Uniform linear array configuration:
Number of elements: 4
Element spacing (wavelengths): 0.75
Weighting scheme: hann
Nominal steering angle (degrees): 45
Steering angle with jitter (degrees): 43.996
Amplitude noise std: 0.05
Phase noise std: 0.05

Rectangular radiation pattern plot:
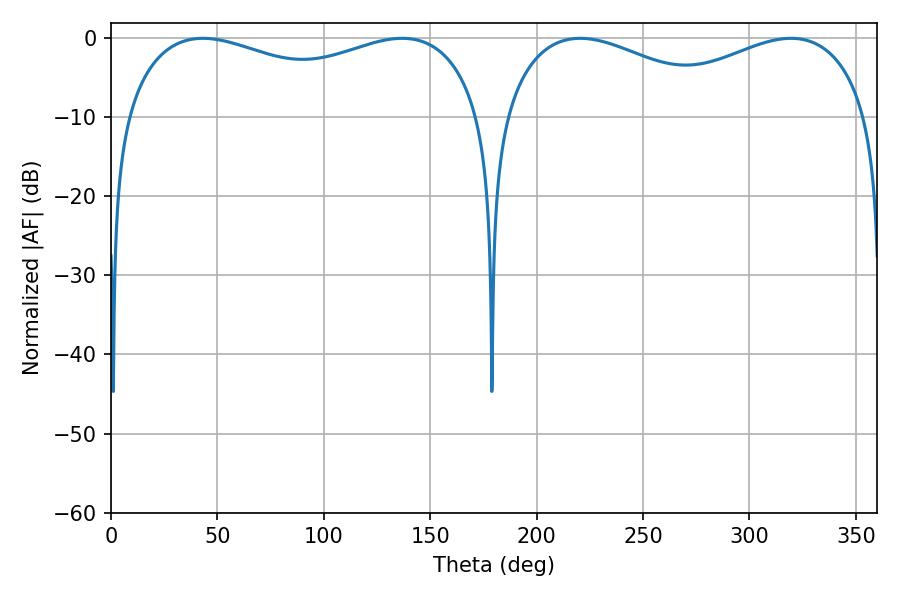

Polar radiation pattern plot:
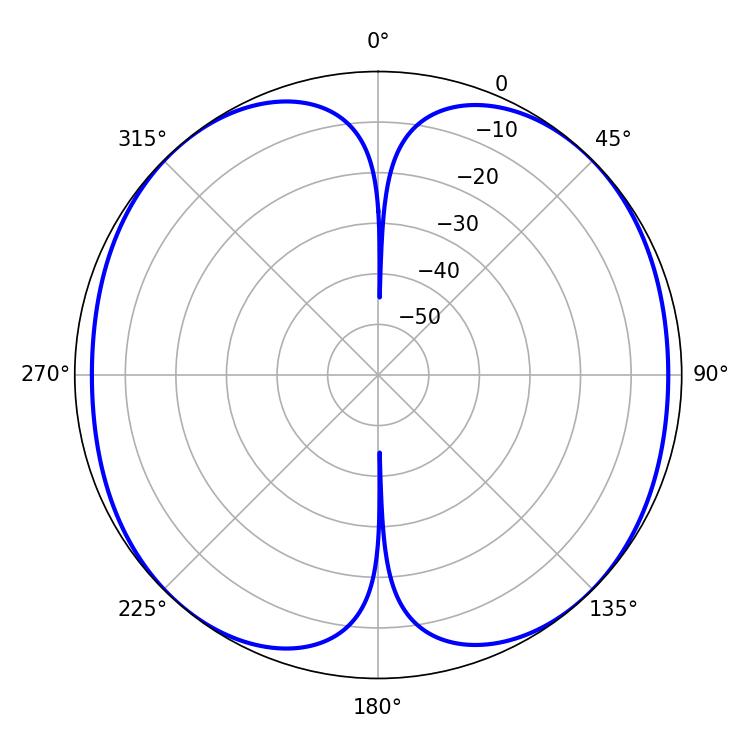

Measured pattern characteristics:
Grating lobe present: TRUE
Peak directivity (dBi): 14.327
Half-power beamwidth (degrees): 138.6
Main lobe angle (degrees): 43.2